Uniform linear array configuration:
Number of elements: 48
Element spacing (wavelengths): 0.75
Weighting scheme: blackman
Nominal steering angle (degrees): -30
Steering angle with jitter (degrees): -28.205
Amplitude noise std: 0.05
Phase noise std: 0.05

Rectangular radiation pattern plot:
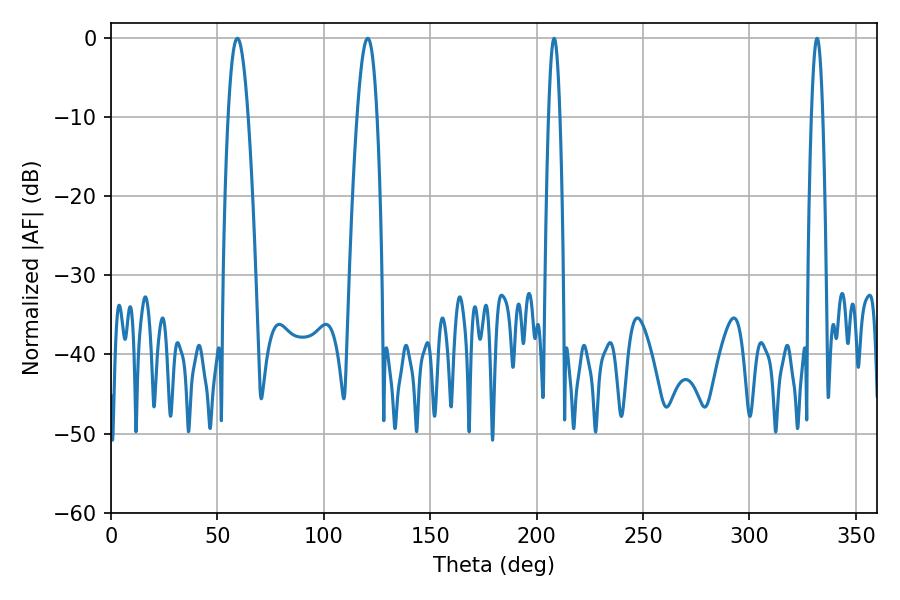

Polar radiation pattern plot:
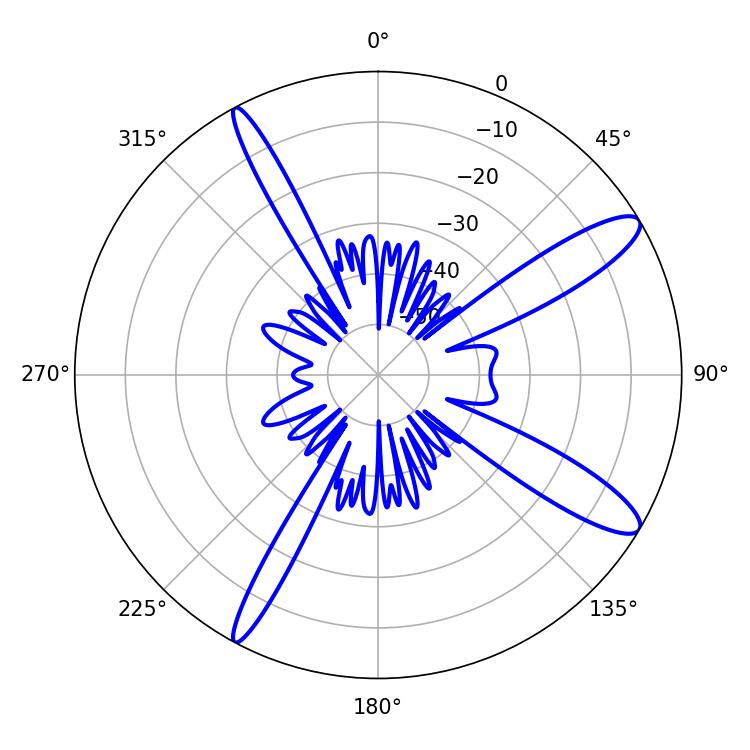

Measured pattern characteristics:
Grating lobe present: TRUE
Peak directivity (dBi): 12.403
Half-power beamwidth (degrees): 5.22
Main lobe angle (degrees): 59.4